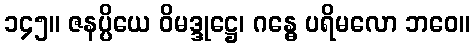
၁၄၅။ ဇနပ္ပိယေ ဝိမဒ္ဒုဋ္ဌေ၊ ဂန္ဓေ ပရိမလော ဘဝေ။